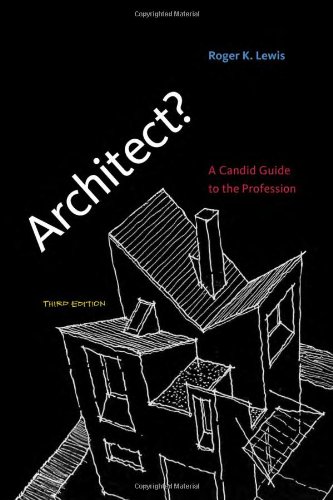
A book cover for Architect?: A Candid Guide to the Profession; Roger K. Lewis; Arts & Photography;